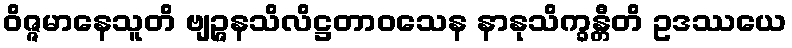
ဝိဇ္ဇမာနေသူတိ ဗျဉ္ဇနသိလိဋ္ဌတာဝသေန နာနုသိက္ခန္တီတိ ဥဒဿယေ